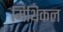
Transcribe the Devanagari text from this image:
मिथिकल